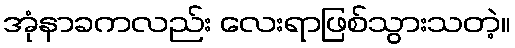
အုံနာခကလည်း လေးရာဖြစ်သွားသတဲ့။